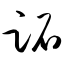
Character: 跖